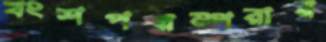
বংশপরম্পরার